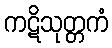
ကဋိသုတ္တကံ